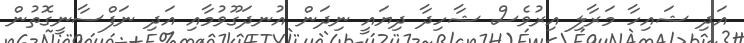
އަދި ޝައިހާ މަރާލި އިރުވެސް ޝާހިދާ ދިޔައީ ނިދަން އުނދަގޫވުމާއި އަދި ނަފްސާނީގޮތުން